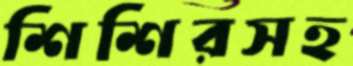
শিশিরসহ